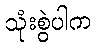
သုံးစွဲပါက